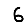
Digit: 6